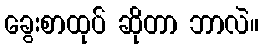
ခွေးစာထုပ် ဆိုတာ ဘာလဲ။